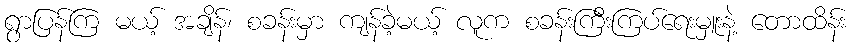
ရွာပြန်ကြ မယ့် အချိန်၊ စခန်းမှာ ကျန်ခဲ့မယ့် လူက စခန်းကြီးကြပ်ရေးမှူးနဲ့ တောထိန်း